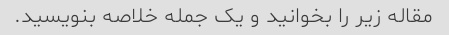
مقاله زیر را بخوانید و یک جمله خلاصه بنویسید.